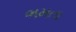
ભમતા